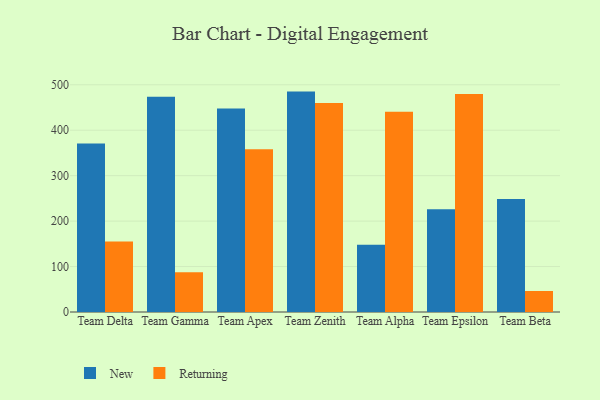
{"axis": {"x": "Team", "y": "Net Income (USD K)"}, "legend": ["New", "Returning"], "data": [{"x": "Team Delta", "y": 370.8, "type": "New"}, {"x": "Team Delta", "y": 154.9, "type": "Returning"}, {"x": "Team Gamma", "y": 473.4, "type": "New"}, {"x": "Team Gamma", "y": 87.2, "type": "Returning"}, {"x": "Team Apex", "y": 447.7, "type": "New"}, {"x": "Team Apex", "y": 358.1, "type": "Returning"}, {"x": "Team Zenith", "y": 485.0, "type": "New"}, {"x": "Team Zenith", "y": 459.8, "type": "Returning"}, {"x": "Team Alpha", "y": 148.0, "type": "New"}, {"x": "Team Alpha", "y": 440.5, "type": "Returning"}, {"x": "Team Epsilon", "y": 226.1, "type": "New"}, {"x": "Team Epsilon", "y": 479.7, "type": "Returning"}, {"x": "Team Beta", "y": 248.7, "type": "New"}, {"x": "Team Beta", "y": 46.2, "type": "Returning"}]}